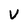
Character: V